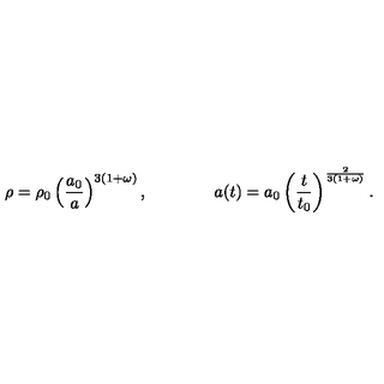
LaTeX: \rho = \rho _ { 0 } \left( { \frac { a _ { 0 } } { a } } \right) ^ { 3 ( 1 + \omega ) } , \qquad \qquad a ( t ) = a _ { 0 } \left( { \frac { t } { t _ { 0 } } } \right) ^ { { \frac { 2 } { 3 ( 1 + \omega ) } } } .